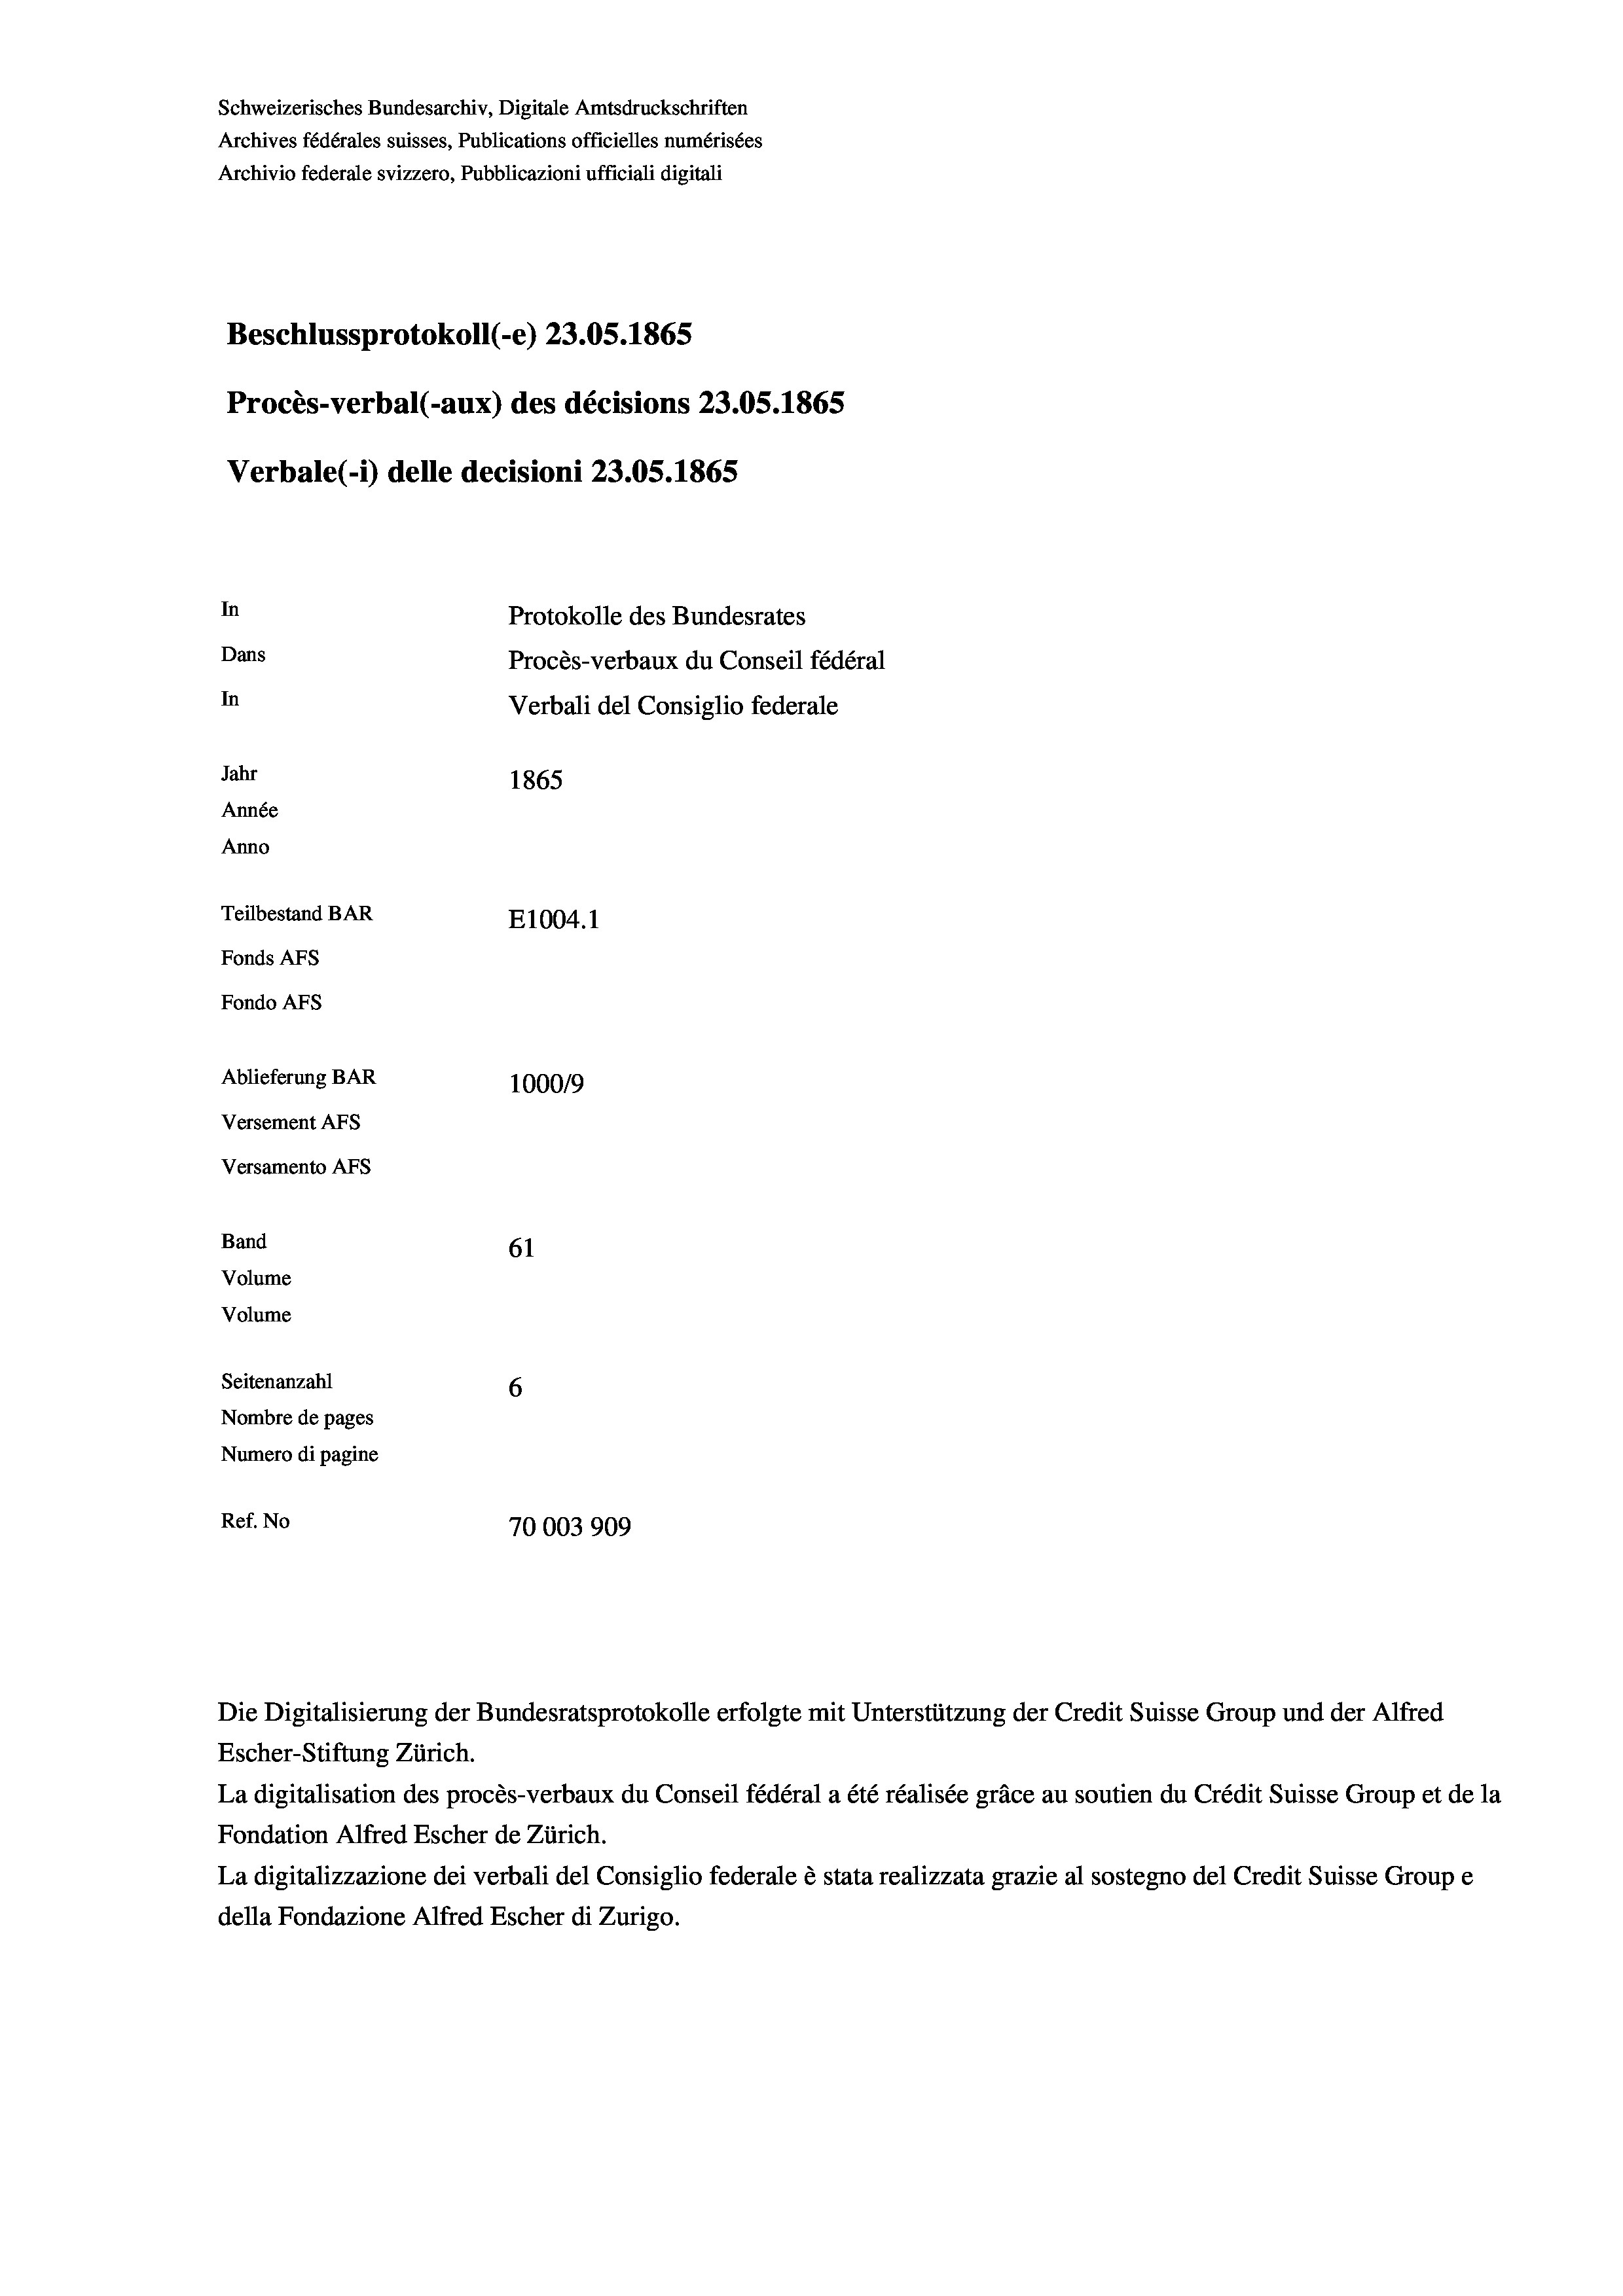
Schweizerisches Bundesarchiv, Digitale Amtsdruckschriften
Archives fédérales suisses, Publications officielles numérisées
Archivio federale svizzero, Pubblicazioni ufficiali digitali
Beschlussprotokoll (-e) 23.05. 1865
Procès-verbal (-aux) des décisions 23.05. 1865
Verbale (1) delle decisioni 23.05. 1865
In
Protokolle des Bundesrates
Dans
Procès-verbaux du Conseil fédéral
In
Verbali del Consiglio federale
Jahr
1865
Année
Anno
Teilbestand BAR
E1004. 1
Fonds AEs
Fondo AFs
Ablieferung BAR
100019
Versement AFS
Versamento AFs
Band
61
Volume
Volume

Seitenanzahl
6
Nombre de pages
Numero di pagine
Ref. No
70003 909

Escher-Stiftung Zürich.
La digitalisation des procès-verbaux du Conseil fédéral a été réalisée gräce au soutien du Crédit Suisse Group et de la
Fondation Alfred Escher de Zürich.
La digitalizzazione dei verbali del Consiglio federale è stata realizzata grazie al sostegno del Credit Suisse Groupe
della Fondazione Alfred Escher di Zurigo.

Die Digitalisierung der Bundesratsprotokolle erfolgte mit Unterstützung der Credit Suisse Group und der Alfred